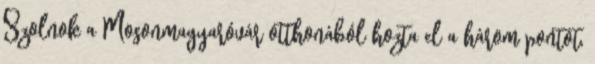
Szolnok a Mosonmagyaróvár otthonából hozta el a három pontot,